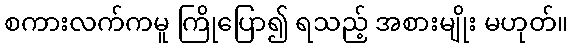
စကားလက်ကမူ ကြိုပြော၍ ရသည့် အစားမျိုး မဟုတ်။